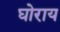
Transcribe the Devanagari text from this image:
घोराय